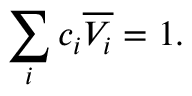
\sum _ { i } c _ { i } { \overline { { V _ { i } } } } = 1 .